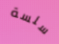
سلسة